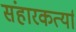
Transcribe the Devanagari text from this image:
संहारकर्त्या